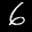
Label: 6